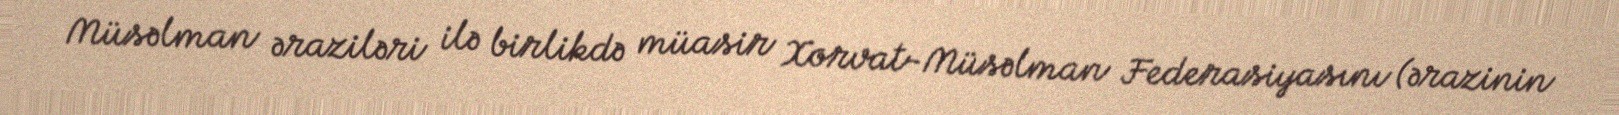
Müsəlman əraziləri ilə birlikdə müasir Xorvat-Müsəlman Federasiyasını (ərazinin